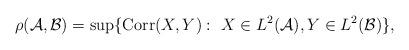
LaTeX: \begin{align*}\rho(\mathcal{A},\mathcal{B})= \sup\{\mathrm{Corr}(X,Y):~ X\in L^2(\mathcal{A}), Y\in L^2(\mathcal{B})\},\end{align*}